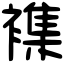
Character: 襍